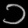
Digit: ၁